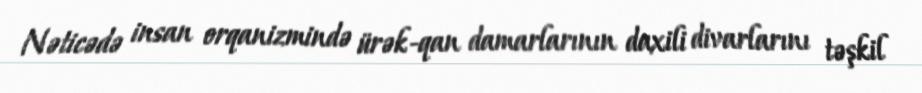
Nəticədə insan orqanizmində ürək-qan damarlarının daxili divarlarını təşkil